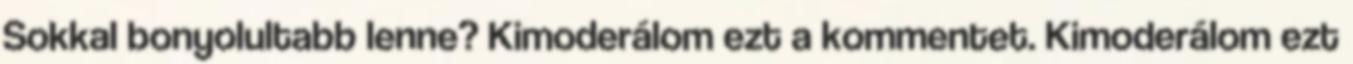
Sokkal bonyolultabb lenne? Kimoderálom ezt a kommentet. Kimoderálom ezt